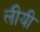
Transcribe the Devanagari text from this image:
लीयी